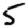
Digit: 5